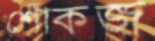
শোকজ